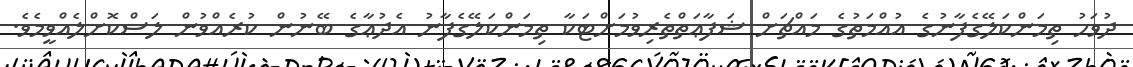
ދުވަހު ތިމަންކަލޭގެފާނުގެ އުއްމަތުގެ މައްޗަށް ޝަފާޢަތްތެރިވުމަށްޓަކާ ތިމަންކަލޭގެފާނު އެދުޢާގެ ބޭނުން ކުރެއްވުން ލަސްކޮށްލެއްވީމެވެ.